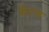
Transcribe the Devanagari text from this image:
कॅल्ज़